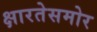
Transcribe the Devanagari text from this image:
क्षारतेसमोर